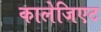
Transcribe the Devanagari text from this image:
कालेजिएट